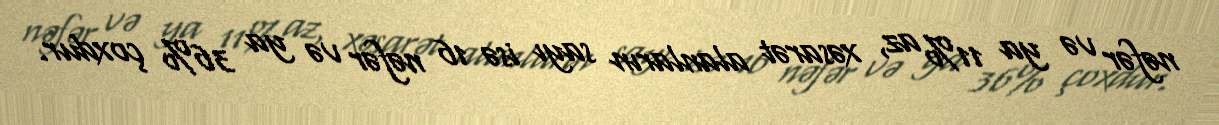
nəfər və ya 11% az, xəsarət alanların sayı isə 16 nəfər və ya 36% çoxdur.